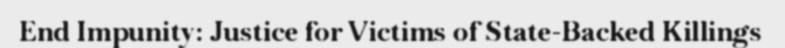
End Impunity: Justice for Victims of State-Backed Killings